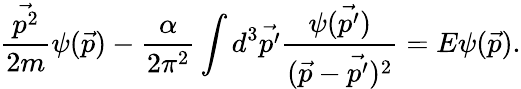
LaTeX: \frac{\vec{p^{2}}}{2m}\psi(\vec{p})-\frac{\alpha}{2\pi^{2}}\int d^{3}\vec{p^{\prime}}\frac{\psi(\vec{p^{\prime}})}{(\vec{p}-\vec{p^{\prime}})^{2}}=E\psi(\vec{p}).